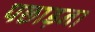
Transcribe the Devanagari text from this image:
पछाड़ना